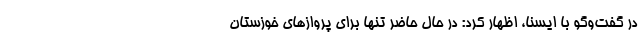
در گفت‌وگو با ایسنا، اظهار کرد: در حال حاضر تنها برای پروازهای خوزستان